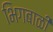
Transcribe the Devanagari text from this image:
भिगबाळी